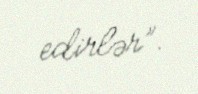
edirlər”.